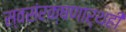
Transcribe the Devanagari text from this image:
स्वसंरक्षणार्थही